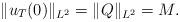
LaTeX: \begin{align*}\|u_T(0)\|_{L^2} = \|Q\|_{L^2}= M_{}.\end{align*}